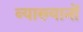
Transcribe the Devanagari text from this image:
व्‍याख्‍यानों